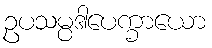
ဥပသမ္ပဒါပေက္ခာယော